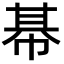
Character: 𢃛